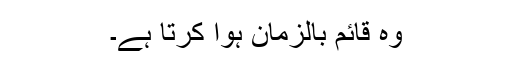
وہ قائم بالزمان ہوا کرتا ہے۔